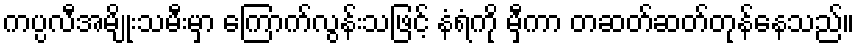
ကပ္ပလီအမျိုးသမီးမှာ ကြောက်လွန်းသဖြင့် နံရံကို မှီကာ တဆတ်ဆတ်တုန်နေသည်။